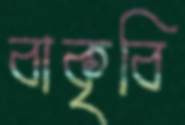
বাকৃবি